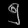
Digit: ၅